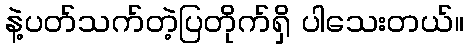
နဲ့ပတ်သက်တဲ့ပြတိုက်ရှိ ပါသေးတယ်။